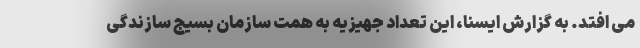
می افتد. به گزارش ایسنا، این تعداد جهیزیه به همت سازمان بسیج سازندگی